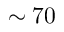
\sim 7 0